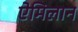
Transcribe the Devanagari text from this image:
ऐमिलान